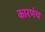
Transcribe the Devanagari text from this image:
कारणंच